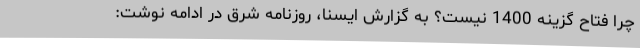
چرا فتاح گزینه 1400 نیست؟ به گزارش ایسنا، روزنامه شرق در ادامه نوشت: